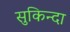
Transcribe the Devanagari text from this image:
सुकिन्दा